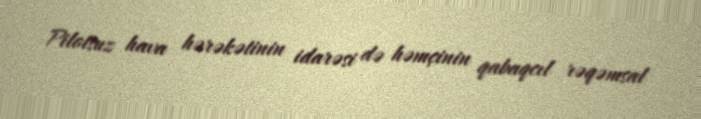
Pilotsuz hava hərəkətinin idarəsi də həmçinin qabaqcıl rəqəmsal